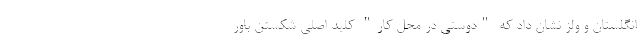
انگلستان و ولز نشان داد که "دوستی در محل کار" کلید اصلی شکستن باور